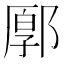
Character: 𨜸